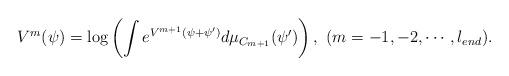
LaTeX: \begin{align*}&V^m(\psi)=\log\left(\int e^{V^{m+1}(\psi+\psi')}d\mu_{C_{m+1}}(\psi')\right),\ (m=-1,-2,\cdots,l_{end}).\end{align*}